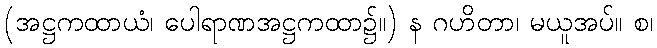
(အဋ္ဌကထာယံ၊ ပေါရာဏအဋ္ဌကထာ၌။) န ဂဟိတာ၊ မယူအပ်။ စ၊